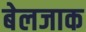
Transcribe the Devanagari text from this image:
बेलजाक